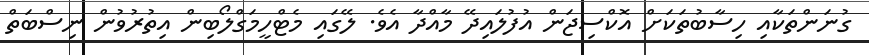
ގުނަންތަކާއި ހިސާބުތަކަށް އޮކްސިޖަން އުފުލައިދޭ މާއްދާ އެވެ. ލޭގައި މެޓްހީމަގްލޯބިން އިތުރުވުން ނިސްބަތް